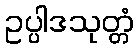
ဥပ္ပါဒသုတ္တံ